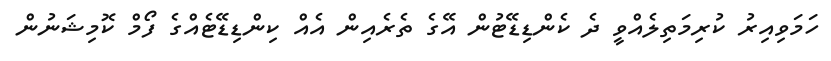
ހަމަވިއިރު ކުރިމަތިލެއްވީ ދެ ކެންޑިޑޭޓުން އޭގެ ތެރެއިން އެއް ކިންޑިޑޭޓެއްގެ ފޯމް ކޮމިޝަނުން